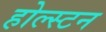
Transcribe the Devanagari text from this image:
होल्स्टन